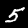
Label: 5